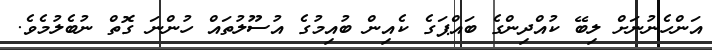
އަންހެނުނަށް ލިބޭ ކުއްދިންގެ ބައްޕަގެ ކެއިން ބުއިމުގެ އުސޫލުތައް ހުންނަ ގޮތް ނުބެލުމެވެ.